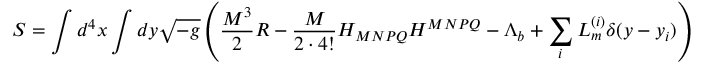
S = \int d ^ { 4 } x \int d y \sqrt { - g } \left( \frac { M ^ { 3 } } { 2 } R - \frac { M } { 2 \cdot 4 ! } H _ { M N P Q } H ^ { M N P Q } - \Lambda _ { b } + \sum _ { i } { \cal L } _ { m } ^ { ( i ) } \delta ( y - y _ { i } ) \right) .